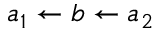
a _ { 1 } \leftarrow b \leftarrow a _ { 2 }